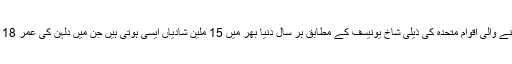
بچوں کے لیے کام کرنے والی اقوام متحدہ کی ذیلی شاخ یونیسف کے مطابق ہر سال دنیا بھر میں 15 ملین شادیاں ایسی ہوتی ہیں جن میں دلہن کی عمر 18 سال سے کم ہوتی ہے۔